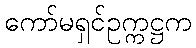
ကော်မရှင်ဥက္ကဋ္ဌက